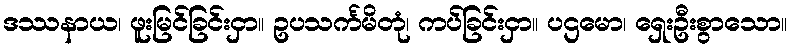
ဒဿနာယ၊ ဖူးမြင်ခြင်းငှာ။ ဥပသင်္ကမိတုံ၊ ကပ်ခြင်းငှာ။ ပဌမော၊ ရှေးဦးစွာသော။